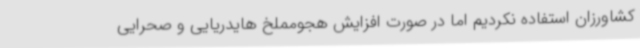
کشاورزان استفاده نکردیم اما در صورت افزایش هجومملخ هایدریایی و صحرایی